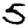
Digit: 5